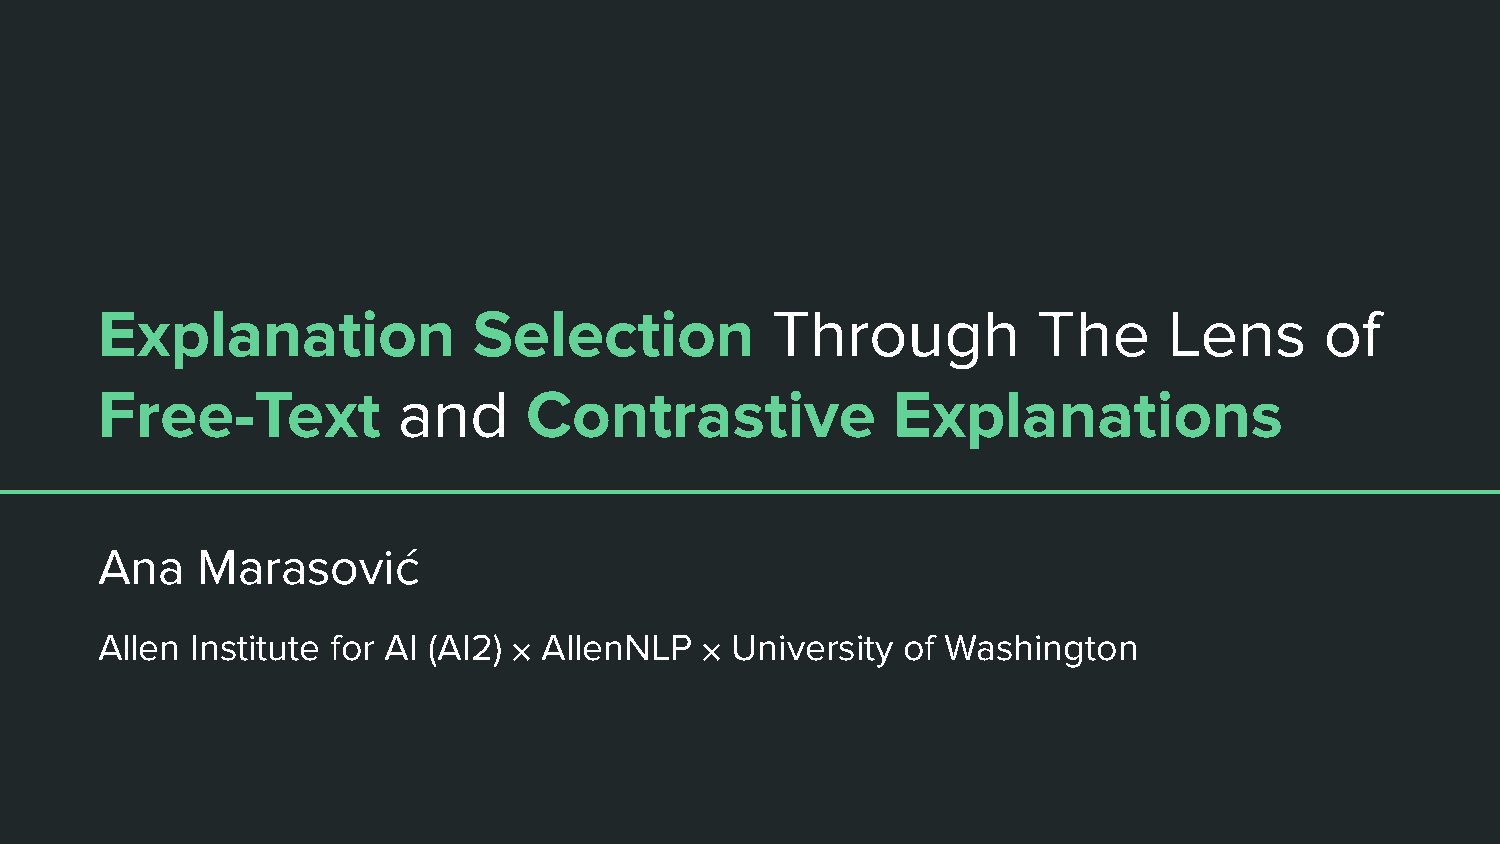
Explanation              Selection           Through           The     Lens       of
 Free-Text           and      Contrastive             Explanations
 Ana    Marasović
 Allen  Institute for AI (AI2) ⨉ AllenNLP ⨉ University of Washington